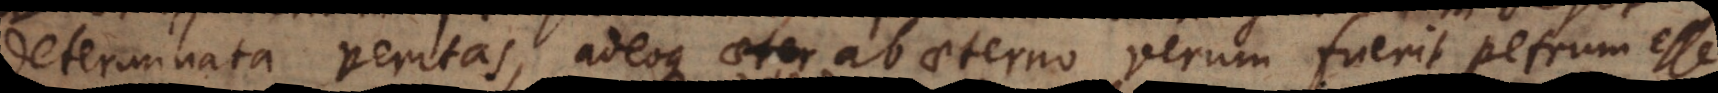
determinata veritas, adeoque ab aeterno verum fuerit Petrum esse